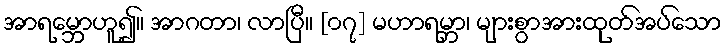
အာရမ္ဘောဟူ၍။ အာဂတာ၊ လာပြီ။ [၀၇] မဟာရမ္ဘာ၊ များစွာအားထုတ်အပ်သော